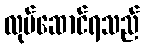
လုပ်ဆောင်ရသည်